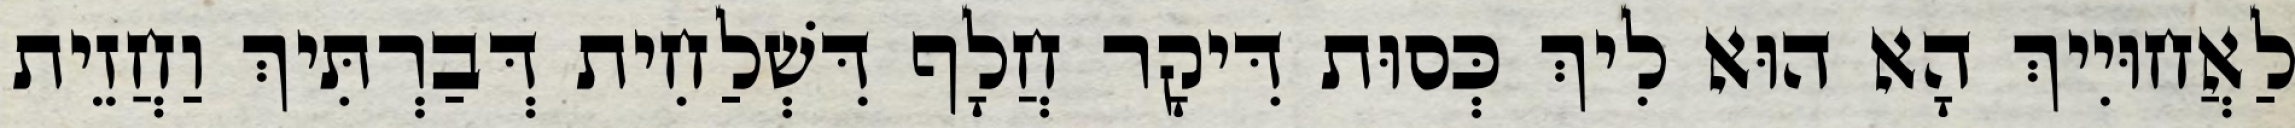
לַאֲחוּיִיךְ הָא הוּא לִיךְ כְּסוּת דִּיקָר חֲלָף דִּשְׁלַחִית דְּבַרְתִּיךְ וַחֲזֵית